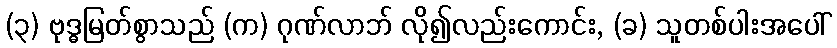
(၃) ဗုဒ္ဓမြတ်စွာသည် (က) ဂုဏ်လာဘ် လို၍လည်းကောင်း, (ခ) သူတစ်ပါးအပေါ်